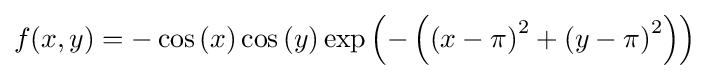
f(x,y)=-\cos \left(x\right)\cos \left(y\right)\exp \left(-\left(\left(x-\pi \right)^{2}+\left(y-\pi \right)^{2}\right)\right)